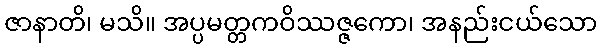
ဇာနာတိ၊ မသိ။ အပ္ပမတ္တကဝိဿဇ္ဇကော၊ အနည်းငယ်သော